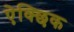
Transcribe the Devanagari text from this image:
ऐक्छिक